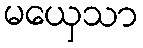
မယှေသာ